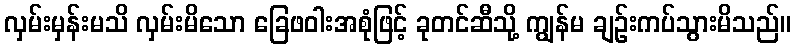
လှမ်းမှန်းမသိ လှမ်းမိသော ခြေဖဝါးအစုံဖြင့် ခုတင်ဆီသို့ ကျွန်မ ချဉ်းကပ်သွားမိသည်။